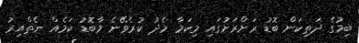
ބިމުގެ ދަތިކަން ބޮޑު ރަށްރަށުގައި މިކަމާ މެދު ކުރެވޭނެ މާބޮޑު ކަމެއް ނެތްއިރު